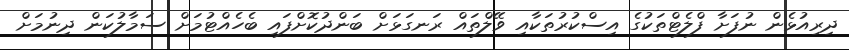
ދިރިއުޅެން ނުފަށާ ފްލެޓްތަކުގެ އިސްކުރުތަކާއި ވޭލްތައް ރަނގަޅަށް ބަންދުކޮށްފައި ބެހެއްޓުމަށް ސަމާލުކަން ދިނުމަށް